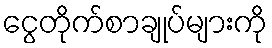
ငွေတိုက်စာချုပ်များကို